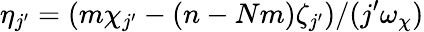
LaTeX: \eta_{j^{\prime}}=\left(m\chi_{j^{\prime}}-(n-Nm)\zeta_{j^{\prime}}\right)/(j^{\prime}\omega_{\chi})